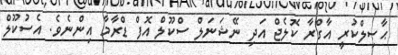
ޙާޞިލްކުރީ އާގްރާ ކޮލެޖް އަދި ނޭޝަނަލް ސްކޫލް އޮފް ޑްރާމާ އިންނެވެ. އެސުކޫލް